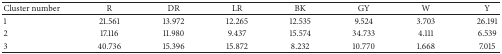
| Cluster number | R | DR | LR | BK | GY | W | Y |
 | --- | --- | --- | --- | --- | --- | --- | --- |
 | 1 | 21.561 | 13.972 | 12.265 | 12.535 | 9.524 | 3.703 | 26.191 |
 | 2 | 17.116 | 11.980 | 9.437 | 15.574 | 34.733 | 4.111 | 6.539 |
 | 3 | 40.736 | 15.396 | 15.872 | 8.232 | 10.770 | 1.668 | 7.015 |